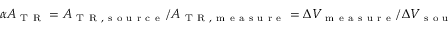
\alpha A _ { \mathrm { ~ T ~ R ~ } } = A _ { \mathrm { ~ T ~ R ~ , ~ s ~ o ~ u ~ r ~ c ~ e ~ } } / A _ { \mathrm { ~ T ~ R ~ , ~ m ~ e ~ a ~ s ~ u ~ r ~ e ~ } } = \Delta V _ { \mathrm { ~ m ~ e ~ a ~ s ~ u ~ r ~ e ~ } } / \Delta V _ { \mathrm { ~ s ~ o ~ u ~ r ~ c ~ e ~ } }